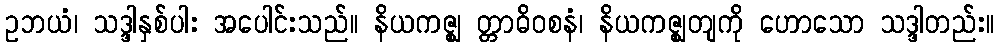
ဥဘယံ၊ သဒ္ဒါနှစ်ပါး အပေါင်းသည်။ နိယကဇ္ဈ တ္တာဓိဝစနံ၊ နိယကဇ္ဈတျကို ဟောသော သဒ္ဒါတည်း။